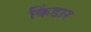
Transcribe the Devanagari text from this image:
किंडार